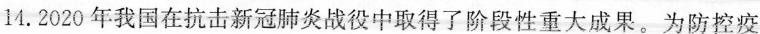
14. 2020年我国在抗击新冠肺炎战役中取得了阶段性重大成果。为防控疫